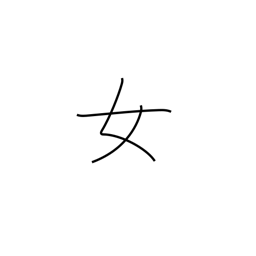
Meaning: woman